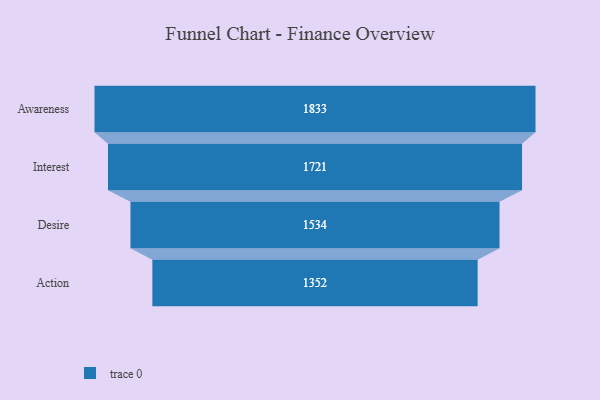
{"axis": {"x": "Stage", "y": "Value"}, "legend": [""], "data": [{"x": "Awareness", "y": 1833.0, "type": ""}, {"x": "Interest", "y": 1721.0, "type": ""}, {"x": "Desire", "y": 1534.0, "type": ""}, {"x": "Action", "y": 1352.0, "type": ""}]}